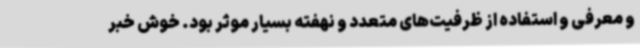
و معرفی و استفاده از ظرفیت‌های متعدد و نهفته بسیار موثر بود. خوش خبر